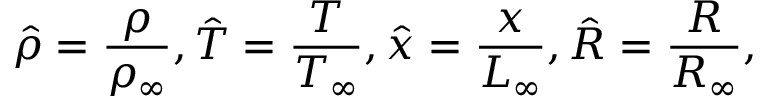
\hat { \rho } = \frac { \rho } { \rho _ { \infty } } , \hat { T } = \frac { T } { T _ { \infty } } , \hat { x } = \frac { x } { L _ { \infty } } , \hat { R } = \frac { R } { R _ { \infty } } ,